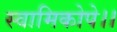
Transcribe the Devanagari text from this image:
स्वामिकोपे।।